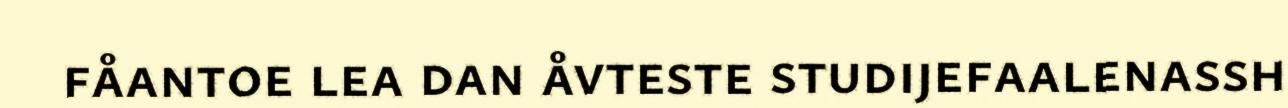
fåantoe lea dan åvteste studijefaalenassh